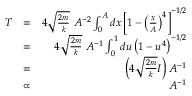
\begin{array} { r l r } { T } & { = } & { 4 \sqrt { \frac { 2 m } { k } } \ A ^ { - 2 } \int _ { 0 } ^ { A } d x \left[ 1 - \left( \frac { x } { A } \right) ^ { 4 } \right] ^ { - 1 / 2 } } \\ & { = } & { 4 \sqrt { \frac { 2 m } { k } } \ A ^ { - 1 } \int _ { 0 } ^ { 1 } d u \left( 1 - u ^ { 4 } \right) ^ { - 1 / 2 } } \\ & { = } & { \left( 4 \sqrt { \frac { 2 m } { k } } I \right) A ^ { - 1 } } \\ & { \propto } & { A ^ { - 1 } } \end{array}